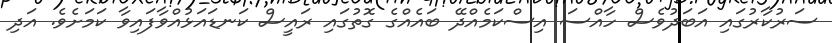
ސަރުކާރުގައި އަބަދުވެސް ހާއްސަ އިސްކަމެއްދޭ ބައެއްގެ ގޮތުގައި ރައީސް ކަނޑައަޅުއްވާފައިވާ ކަމަށެވެ. އަދި